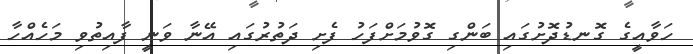
ހަވާއީގެ ގޮނޑުދޮށުގައި ބަންގި ގޮވުމަށްފަހު ފެށި ދަތުރުގައި އޭނާ ވަނީ ފާއިތުވި މަހެއްހާ